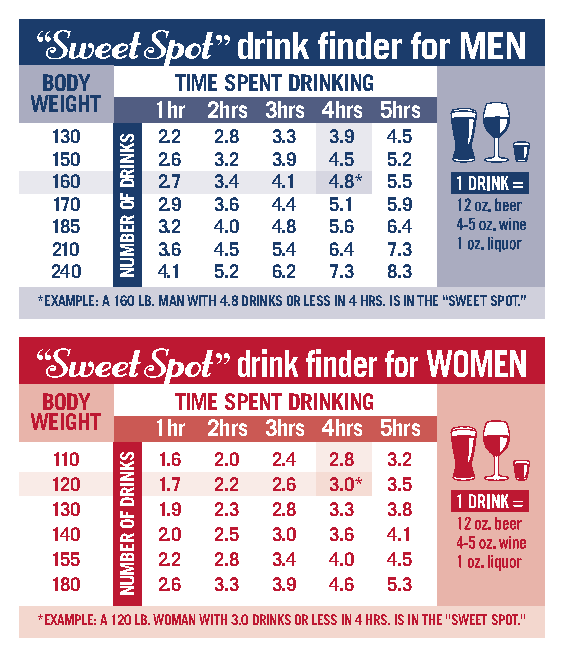
drink finder for MEN
 BODY     TIME SPENT DRINKING
 WEIGHT  1hr 2hrs 3hrs 4hrs 5hrs
 130    2.2 2.8 3.3 3.9 4.5
 150    2.6 3.2 3.9 4.5 5.2
 160    2.7 3.4 4.1 4.8* 5.5
 170    2.9 3.6 4.4 5.1 5.9
 185    3.2 4.0 4.8 5.6 6.4
 210    3.6 4.5 5.4 6.4 7.3
 240    4.1 5.2 6.2 7.3 8.3
 *EXAMPLE: A 160 LB. MAN WITH 4.8 DRINKS OR LESS IN 4 HRS. IS IN THE “SWEET SPOT.”
 drink finder for WOMEN
 BODY     TIME SPENT DRINKING
 WEIGHT  1hr 2hrs 3hrs 4hrs 5hrs
 110    1.6 2.0 2.4 2.8 3.2
 120    1.7 2.2 2.6 3.0* 3.5
 130    1.9 2.3 2.8 3.3 3.8
 140    2.0 2.5 3.0 3.6 4.1
 155    2.2 2.8 3.4 4.0 4.5
 180    2.6 3.3 3.9 4.6 5.3
 *EXAMPLE: A 120 LB. WOMAN WITH 3.0 DRINKS OR LESS IN 4 HRS. IS IN THE “SWEET SPOT.”
 SKNIRD
 FO
 REBMUN
 SKNIRD
 FO
 REBMUN